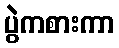
ပွဲကစားကာ